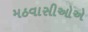
મઠવાસીઓએ